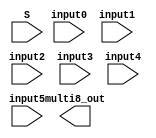
`timescale 1ns / 1ps
//////////////////////////////////////////////////////////////////////////////////
// Company: 
// Engineer: 
// 
// Design Name: 
// Module Name: multi4ne1
// Project Name: 
// Target Devices: 
// Tool Versions: 
// Description: 
// 
// Dependencies: 
// 
// Revision:
// Revision 0.01 - File Created
// Additional Comments:
// 
//////////////////////////////////////////////////////////////////////////////////


module multi8ne1(
    input input0,
    input input1,
    input input2,
    input input3,
    input input4,
    input input5,
    input [2:0] S,
    output multi8_out
    );
    
   //S 000 H0
//S 001 H1
//S 010 H2
//S 011 H3
//S 100 H4
//S 101 H5

 //   assign multi4_out = S[1] ? (S[0] ? input3 : input2) : (S[0] ? input1 : input0);

   assign Dalja = S[2] ? (S[0] ? input5 : input4) : (S[1] ? (S[0] ? input3 : input2) : (S[0] ? input1 : input0));
endmodule